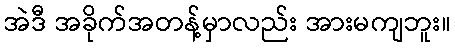
အဲဒီ အခိုက်အတန့်မှာလည်း အားမကျဘူး။